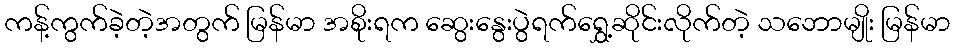
ကန့်ကွက်ခဲ့တဲ့အတွက် မြန်မာ အစိုးရက ဆွေးနွေးပွဲရက်ရွှေ့ဆိုင်းလိုက်တဲ့ သဘောမျိုး မြန်မာ